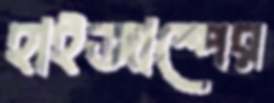
হাইজাম্পের